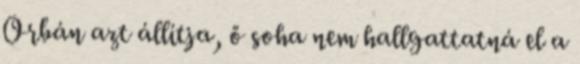
Orbán azt állítja, ő soha nem hallgattatná el a